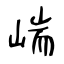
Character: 㟨